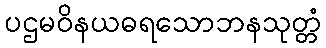
ပဌမဝိနယဓရသောဘနသုတ္တံ